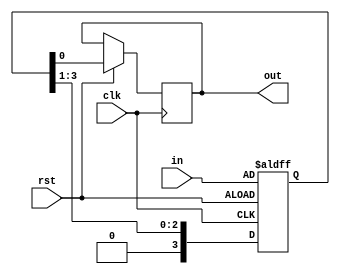
module shift_serial_output(rst,clk,in,out);
    input clk, rst;
    input [3:0] in;
    reg [3:0] sft_reg;
    output out;
    reg out;
    always @(posedge clk or negedge rst) begin
        if(! rst) begin sft_reg = in; end
        else begin
            out = sft_reg[0];
            sft_reg = sft_reg >> 1;
        end
    end 
endmodule

module testb_shift;
    reg clk, rst;
    reg [3:0] in;
    wire out;
    
    shift_serial_output dut(rst,clk,in,out);
    
    initial begin
        clk = 0;
        rst = 1;
        #1
        rst = 0;
        #4
        rst = 1;
        in = 4'b0001;
        #2
        in = 4'b1001;
        #2
        in = 4'b0101;
        #2
        in = 4'b0011;
    end

    always #1 clk = ~clk;
endmodule